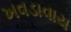
ખવડાવાય